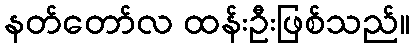
နတ်တော်လ ထန်းဦးဖြစ်သည်။